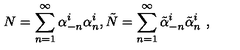
N = \sum _ { n = 1 } ^ { \infty } \alpha _ { - n } ^ { i } \alpha _ { n } ^ { i } , \tilde { N } = \sum _ { n = 1 } ^ { \infty } \tilde { \alpha } _ { - n } ^ { i } \tilde { \alpha } _ { n } ^ { i } \ ,